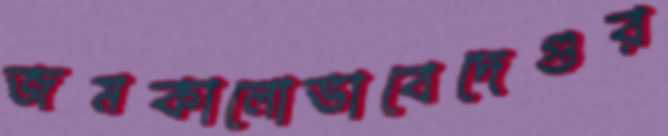
জমকালোভাবেদেগুর